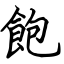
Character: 飽